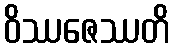
ဝိဿဇေဿတိ